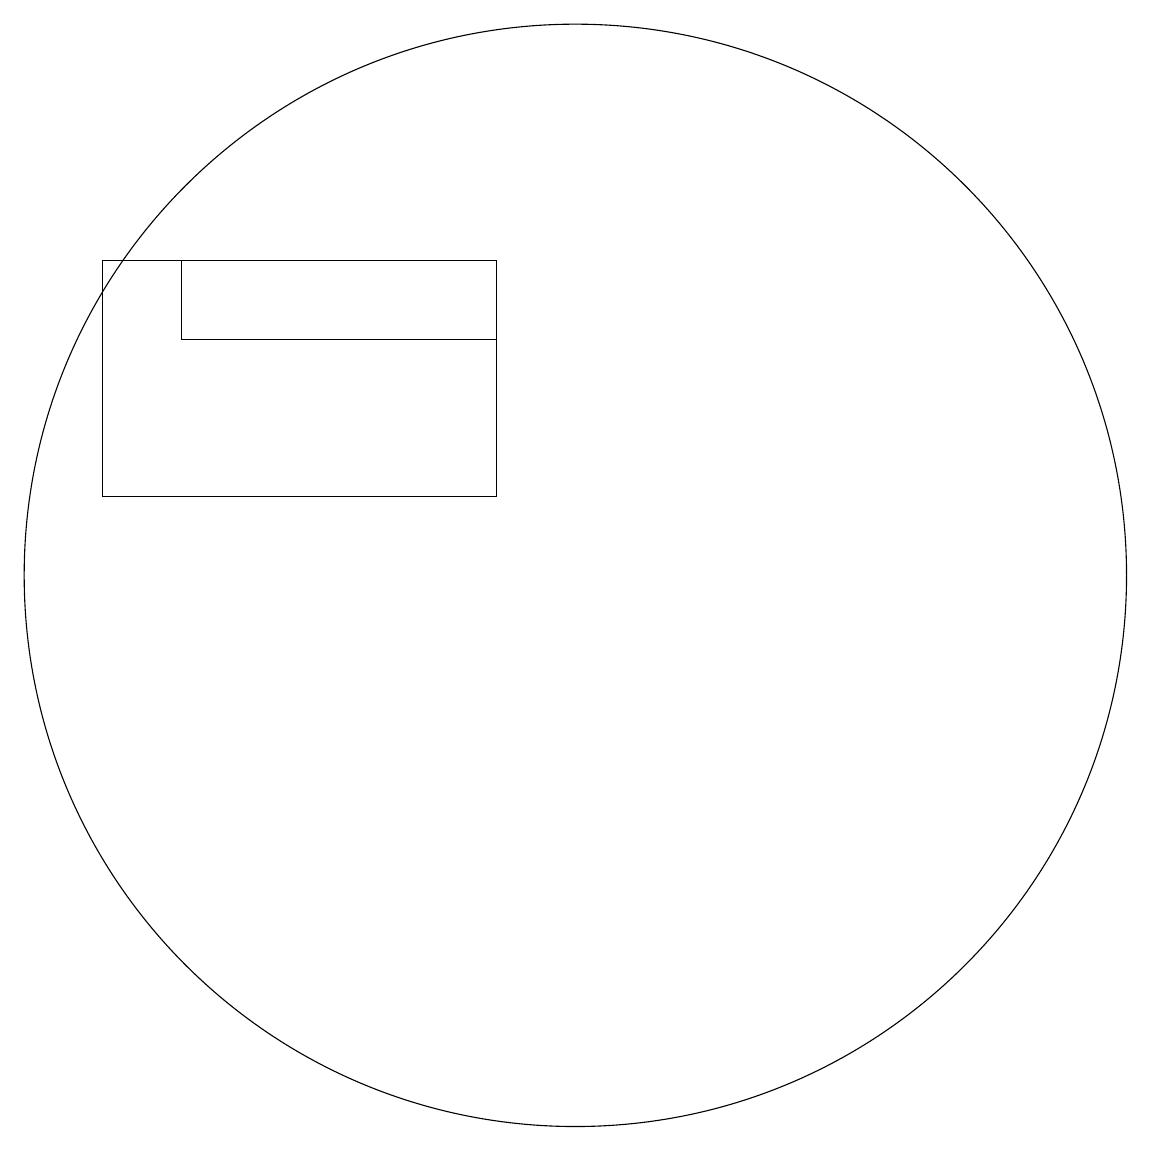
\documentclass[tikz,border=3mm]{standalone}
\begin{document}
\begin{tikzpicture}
\draw (5,13) rectangle (9,14);
\draw (10,10) circle (7);
\draw (9,14) rectangle (4,11);
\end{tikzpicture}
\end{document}